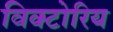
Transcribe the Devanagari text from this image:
विक्टोरिय